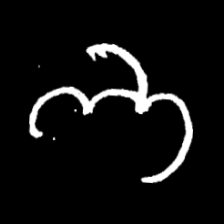
Pyu character \u2014 Myanmar letter: ဘ (romanized: bha)